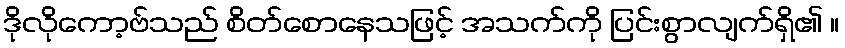
ဒိုလိုကော့ဗ်သည် စိတ်စောနေသဖြင့် အသက်ကို ပြင်းစွာလျက်ရှိ၏ ။